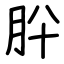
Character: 肸